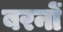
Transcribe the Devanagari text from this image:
बरनों